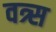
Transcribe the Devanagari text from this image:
वत्र्स